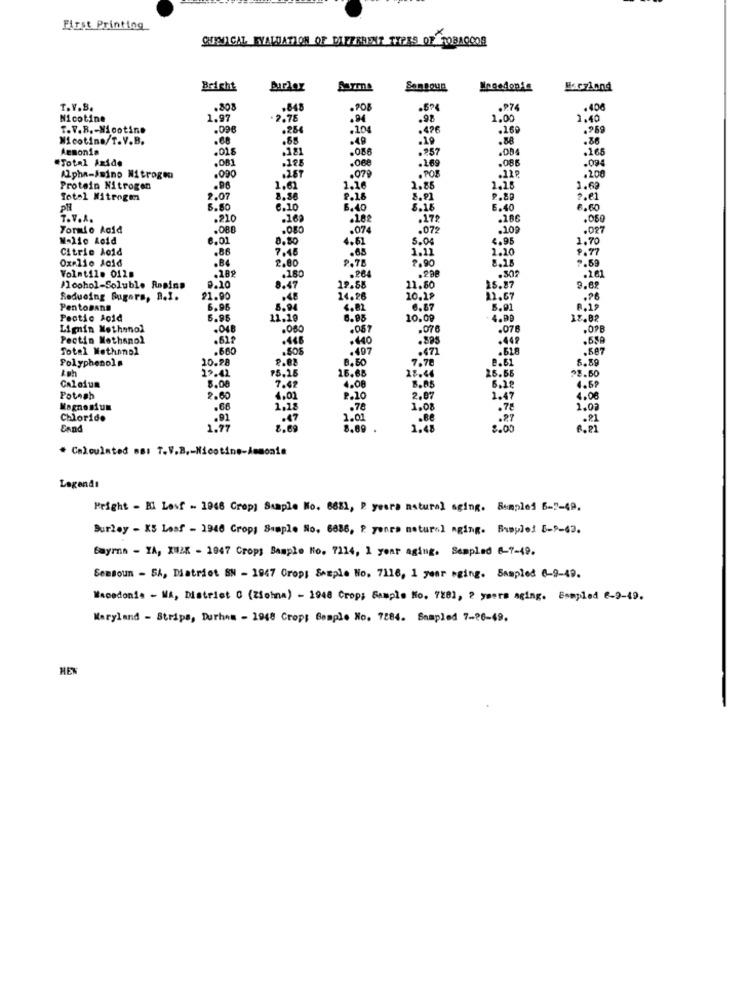
First Printing
QUEVICAL EVALUATION OF DIFFERENT TYPES OF TOBACCOR
Bricht
Burley
Ineedonis
Maczlond
T.V.B.
.80
.848
.5%
.274
.406
Nicotine
1.97
2.78
.98
1,00
1.40
T.V.B .- Nicotine
.096
.254
.104
.476
.269
.969
Nicotine/T.V.B.
.68
.88
.49
.19
.88
Ammonia
.01.8
.381
.086
.* 57
.004
.165
"Total Axide
.081
.195
.06e
.1.69
.085
.094
.200
Alpha-Ssino Nitrogen
.090
.2.8T
.079
.POB
.12₽
Protein Nitrogen
1.61
1.16
2.85
1.60
Total Nitrogen
2.07
8,86
P.16
8.91
2.80
PH
5.50
6.10
5.40
8.16
6.40
8.00
T.V.A.
.210
.162
.182
.172
.286
.050
Formio Acid
.OBE
.080
.074
.072
.109
.027
M-lic Acid
8.01
8.80
4.61
5.04
4.95
1.70
Citric hoid
.86
7.46
.65
1.11
1.10
9.77
Oxelio Joid
.84
2.80
P.78
2.90
8.15
2.59
Volatile 0128
.264
.101
.180
.302
Moohol-Soluble Rosina
0.10
8.47
19.58
11.50
15.87
9.6
Reducing Sugars, B.I.
21.90
.48
14.26
10.29
22.67
.76
Pentosans
6.96
8.94
3.82
6.87
5.01
Pectic Acid
6.95
11.19
10.09
4.99
17.82
Ligin Methanol
.048
.060
.057
.070
.076
.0PB
Pectin Methanol
.446
.440
.895
.449
.659
Total Methanol
.660
.497
.471
.587
Polyphenols
20.28
2.08
8.50
7.76
8.61
8.89
29.42
16.68
28.46
26.55
28.60
Calcium
7.47
8.05
4.59
5.0
4.08
Potash
2.60
4.02
P.10
2.07
1.47
4.00
Magnesium
.66
1.18
.78
1.08
.78
1.02
Chloride
.47
1.01
EAnd
1.77
8.89
1.48
8.00
. Calculated BB: T.V.B .- Nicot
Legends
Pright - El Losf - 1946 Crop; Staple No. 6681, P yeara natural aging. Samples 6-2-49.
Burley - XS Less - 1946 Crops Simple No. 6886, P yours natural aging. Brspiel 6-9-43.
Bayrna - YA, XW2K - 1947 Crops Bamplo No. 7114, 1 year aging. Sempled 6-7-49.
Sensoun - 5%, District BN - 1947 Crops Sample No. 7116, 1 year weing. Sampled 0-9-49.
Macedonia - WA, District 0 (Ziobna) - 1948 Crop; Sample No. 7281, 2 ymers aging. Esmpled 6-9-49.
Maryland - Strips, Durham - 1948 Crops Semple No. 7284. Sampled 7-26-49.